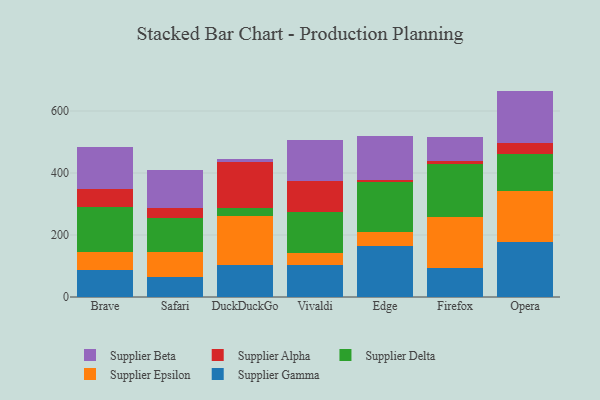
{"axis": {"x": "Browser", "y": "Humidity (%)"}, "legend": ["Supplier Alpha", "Supplier Beta", "Supplier Delta", "Supplier Epsilon", "Supplier Gamma"], "data": [{"x": "Brave", "y": 87.7, "type": "Supplier Gamma"}, {"x": "Brave", "y": 56.6, "type": "Supplier Epsilon"}, {"x": "Brave", "y": 146.2, "type": "Supplier Delta"}, {"x": "Brave", "y": 57.6, "type": "Supplier Alpha"}, {"x": "Brave", "y": 136.7, "type": "Supplier Beta"}, {"x": "Safari", "y": 64.7, "type": "Supplier Gamma"}, {"x": "Safari", "y": 82.0, "type": "Supplier Epsilon"}, {"x": "Safari", "y": 108.8, "type": "Supplier Delta"}, {"x": "Safari", "y": 30.3, "type": "Supplier Alpha"}, {"x": "Safari", "y": 123.7, "type": "Supplier Beta"}, {"x": "DuckDuckGo", "y": 102.1, "type": "Supplier Gamma"}, {"x": "DuckDuckGo", "y": 160.8, "type": "Supplier Epsilon"}, {"x": "DuckDuckGo", "y": 22.8, "type": "Supplier Delta"}, {"x": "DuckDuckGo", "y": 148.4, "type": "Supplier Alpha"}, {"x": "DuckDuckGo", "y": 12.3, "type": "Supplier Beta"}, {"x": "Vivaldi", "y": 103.6, "type": "Supplier Gamma"}, {"x": "Vivaldi", "y": 39.5, "type": "Supplier Epsilon"}, {"x": "Vivaldi", "y": 129.6, "type": "Supplier Delta"}, {"x": "Vivaldi", "y": 102.3, "type": "Supplier Alpha"}, {"x": "Vivaldi", "y": 132.9, "type": "Supplier Beta"}, {"x": "Edge", "y": 163.8, "type": "Supplier Gamma"}, {"x": "Edge", "y": 45.5, "type": "Supplier Epsilon"}, {"x": "Edge", "y": 162.3, "type": "Supplier Delta"}, {"x": "Edge", "y": 6.9, "type": "Supplier Alpha"}, {"x": "Edge", "y": 142.5, "type": "Supplier Beta"}, {"x": "Firefox", "y": 92.9, "type": "Supplier Gamma"}, {"x": "Firefox", "y": 163.9, "type": "Supplier Epsilon"}, {"x": "Firefox", "y": 172.1, "type": "Supplier Delta"}, {"x": "Firefox", "y": 10.0, "type": "Supplier Alpha"}, {"x": "Firefox", "y": 76.9, "type": "Supplier Beta"}, {"x": "Opera", "y": 177.5, "type": "Supplier Gamma"}, {"x": "Opera", "y": 162.9, "type": "Supplier Epsilon"}, {"x": "Opera", "y": 119.9, "type": "Supplier Delta"}, {"x": "Opera", "y": 36.1, "type": "Supplier Alpha"}, {"x": "Opera", "y": 168.7, "type": "Supplier Beta"}]}